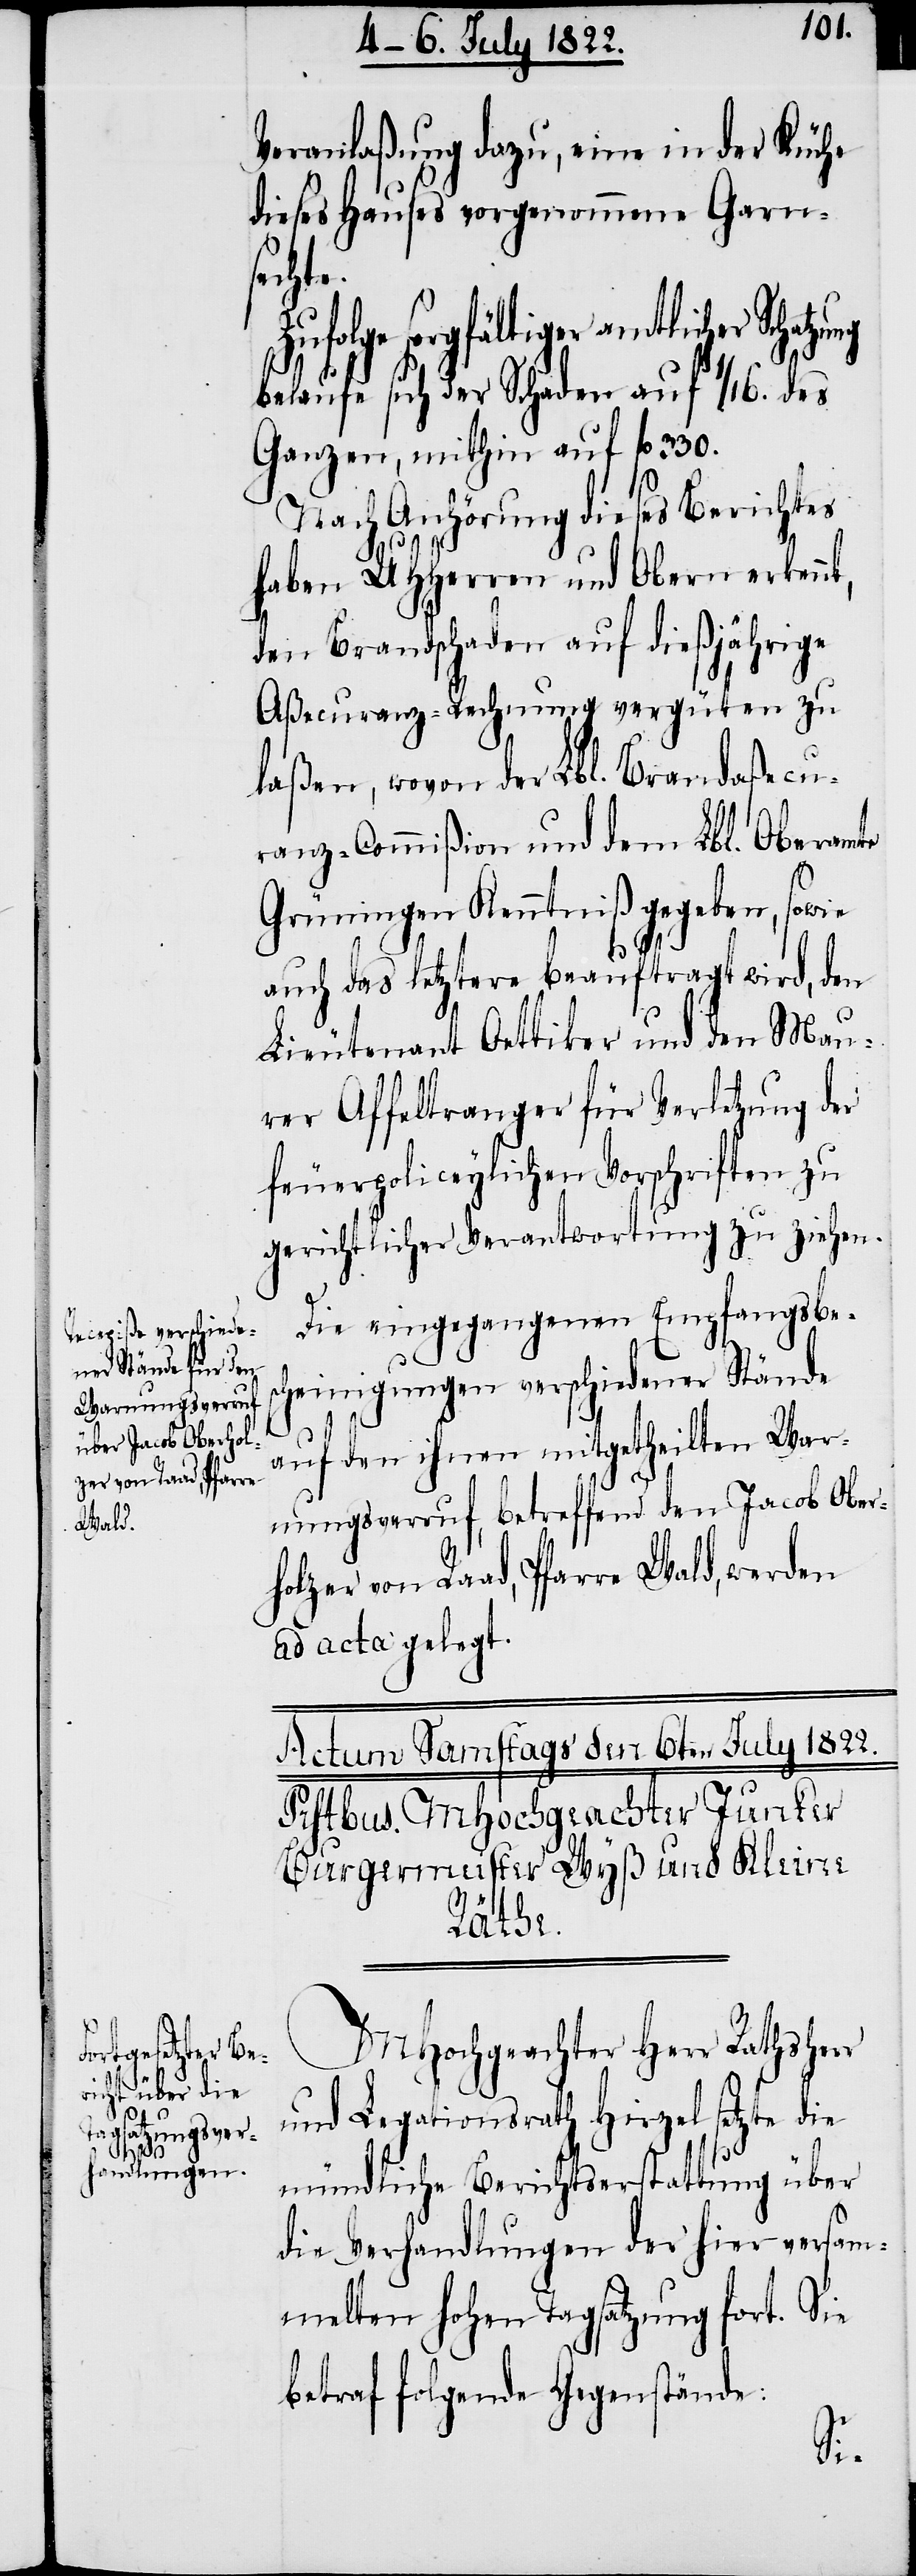
t,

Veranlaßung dazu, eine in der Kühle
dieses Hauses vorgenommene Garn¬
secht¬
r amtlicher Schatzung
belaufe sich der Schaden auf 1/16. des
Ganzen, mithin auf fl. 330.
Nach Anhörung dieses Berichtes
haben UHHerren und Obern erkenn¬
den Brandschaden auf dießjährige
Aßecuranz-Rechnung vergüten zu
laßen, wovon der Lbl. Brandaßecu¬
ranz-Commißion und dem Lbl. Oberamte
Grüningen Kenntniß gegeben, sowie
auch das letztere beauftragt wird, den
Lieutnant Oettiker und den Mau¬
rer Affeltranger für Verletzung der
feuerpoliceylichen Vorschriften zu
gerichtlicher Verantwortung zu ziehen.
Die eingegangenen Empfangsbes¬
cheinigungen verschiedener Stände
auf den ihnen mitgetheilten War¬
nungsverruf, betreffend den Jacob Ober¬
holzer von Raad, Pfarre Wald, werden
ad acta gelegt.
MHochgeachter Herr Rathsherr
und Legationsrath Hirzel setzte die
mündliche Berichterstattung über
die Verhandlungen der hier versam¬
melten hohen Tagsatzung fort. Sie
betraf folgende Gegenstände: